Civil Veterinary Dept. Bombay admin report 1893-99 - 1893-1899
Year: 1893
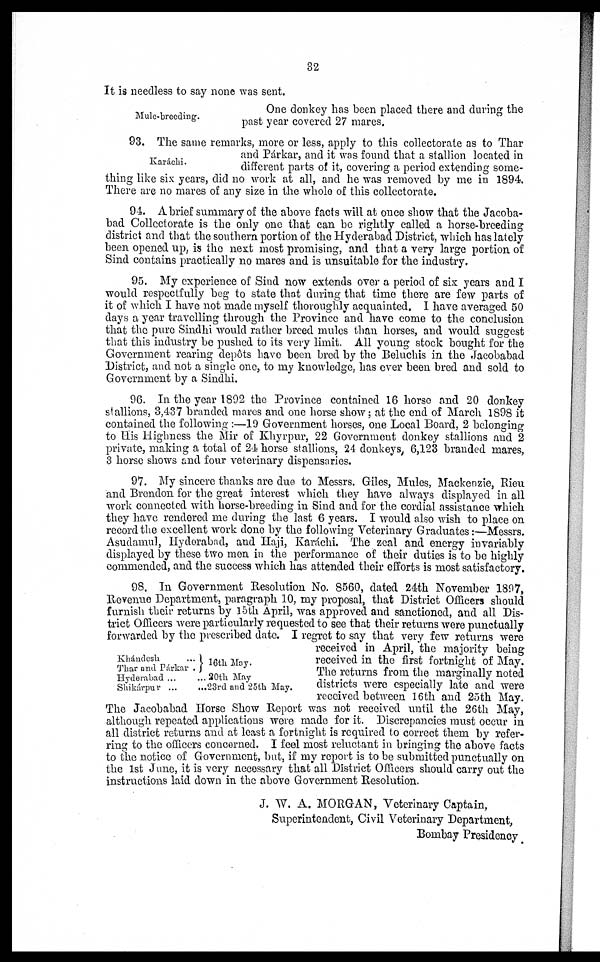
32
It is needless to say none was sent.
Mule-breeding.
One donkey has been placed there and during the
past year covered 27 mares.
Karáchi.
93. The same remarks, more or less, apply to this collectorate as to Thar
and Párkar, and it was found that a stallion located in
different parts of it, covering a period extending some-
thing like six years, did no work at all, and he was removed by me in 1894.
There are no mares of any size in the whole of this collectorate.
94. A brief summary of the above facts will at once show that the Jacoba-
bad Collectorate is the only one that can be rightly called a horse-breeding
district and that the southern portion of the Hyderabad District, which has lately
been opened up, is the next most promising, and that a very large portion of
Sind contains practically no mares and is unsuitable for the industry.
95. My experience of Sind now extends over a period of six years and I
would respectfully beg to state that during that time there are few parts of
it of which I have not made myself thoroughly acquainted. I have averaged 50
days a year travelling through the Province and have come to the conclusion
that the pure Sindhi would rather breed mules than horses, and would suggest
that this industry be pushed to its very limit. All young stock bought for the
Government rearing depôts have been bred by the Beluchis in the Jacobabad
District, and not a single one, to my knowledge, has ever been bred and sold to
Government by a Sindhi.
96. In the year 1892 the Province contained 16 horse and 20 donkey
stallions, 3,437 branded mares and one horse show; at the end of March 1898 it
contained the following :—19 Government horses, one Local Board, 2 belonging
to His Highness the Mir of Khyrpur, 22 Government donkey stallions and 2
private, making a total of 24 horse stallions, 24 donkeys, 6,123 branded mares,
3 horse shows and four veterinary dispensaries.
97. My sincere thanks are due to Messrs. Giles, Mules, Mackenzie, Rieu
and Brendon for the great interest which they have always displayed in all
work connected with horse-breeding in Sind and for the cordial assistance which
they have rendered me during the last 6 years. I would also wish to place on
record the excellent work done by the following Veterinary Graduates:—Messrs,
Asudamul, Hyderabad, and Haji, Karáchi. The zeal and energy invariably
displayed by these two men in the performance of their duties is to be highly
commended, and the success which has attended their efforts is most satisfactory,
Khándesh ... ...
Thar and Párkar ...
Hyderabad ...
Shikárpur ...
16th May.
... 20th May
... 23rd and 25th May.
98. In Government Resolution No. 8560, dated 24th November 1897,
Revenue Department, paragraph 10, my proposal, that District Officers should
furnish their returns by 15th April, was approved and sanctioned, and all Dis-
trict Officers were particularly requested to see that their returns were punctually
forwarded by the prescribed date. I regret to say that very few returns were
received in April, the majority being
received in the first fortnight of May.
The returns from the marginally noted
districts were especially late and were
received between 16th and 25th May.
The Jacobabad Horse Show Report was not received until the 26th May,
although repeated applications were made for it. Discrepancies must occur in
all district returns and at least a fortnight is required to correct them by refer-
ring to the officers concerned. I feel most reluctant in bringing the above facts
to the notice of Government, but, if my report is to be submitted punctually on
the 1st June, it is very necessary that all District Officers should carry out the
instructions laid down in the above Government Resolution.
J. W. A. MORGAN, Veterinary Captain,
Superintendent, Civil Veterinary Department,
Bombay Presidency.